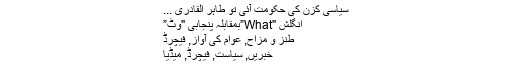
سیاسی کزن کی حکومت آئی تو طاہر القادری ...
انگلش "What”بمقابلہ پنجابی "وٹ”
طنز و مزاح, عوام کی آواز, فيچرڈ
خبریں, سیاست, فيچرڈ, میڈیا